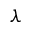
\lambda